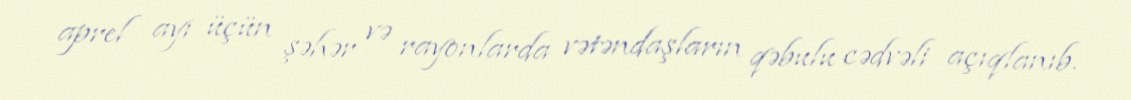
aprel ayı üçün şəhər və rayonlarda vətəndaşların qəbulu cədvəli açıqlanıb.